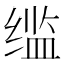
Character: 䍀